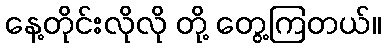
နေ့တိုင်းလိုလို တို့ တွေ့ကြတယ်။